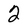
Character: 2